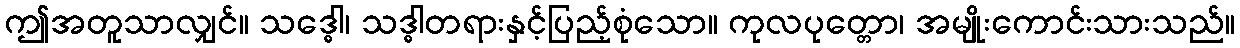
ဤအတူသာလျှင်။ သဒ္ဓေါ၊ သဒ္ဓါတရားနှင့်ပြည့်စုံသော။ ကုလပုတ္တော၊ အမျိုးကောင်းသားသည်။